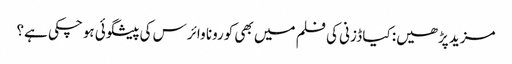
مزید پڑھیں: کیا ڈزنی کی فلم میں بھی کورونا وائرس کی پیشگوئی ہوچکی ہے؟